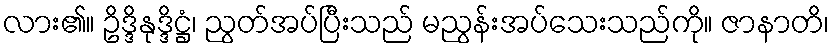
လား၏။ ဥိဒ္ဒိနုဒ္ဒိဋ္ဌံ၊ ညွတ်အပ်ပြီးသည် မညွန်းအပ်သေးသည်ကို။ ဇာနာတိ၊